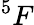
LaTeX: ^5F